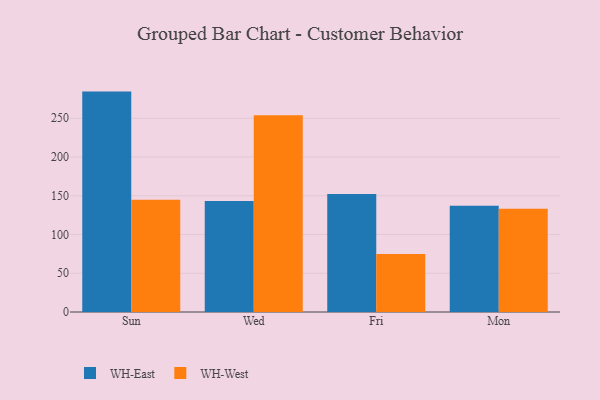
{"axis": {"x": "Day", "y": "Headcount"}, "legend": ["WH-East", "WH-West"], "data": [{"x": "Sun", "y": 284.4, "type": "WH-East"}, {"x": "Sun", "y": 144.7, "type": "WH-West"}, {"x": "Wed", "y": 143.2, "type": "WH-East"}, {"x": "Wed", "y": 253.9, "type": "WH-West"}, {"x": "Fri", "y": 152.2, "type": "WH-East"}, {"x": "Fri", "y": 75.0, "type": "WH-West"}, {"x": "Mon", "y": 137.2, "type": "WH-East"}, {"x": "Mon", "y": 133.2, "type": "WH-West"}]}